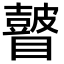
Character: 𥌒